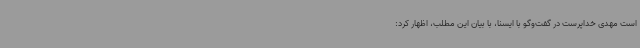
است مهدی خداپرست در گفت‌وگو با ایسنا، با بیان این مطلب، اظهار کرد: